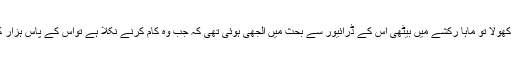
انہوں نے لپک کر دروازہ کھولا تو ماہا رکشے میں بیٹھی اس کے ڈرائیور سے بحث میں الجھی ہوئی تھی کہ جب وہ کام کرنے نکلا ہے تواس کے پاس ہزار کا کھلا کیوں نہیں موجود ۔